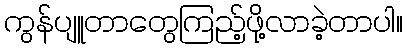
ကွန်ပျူတာတွေကြည့်ဖို့လာခဲ့တာပါ။